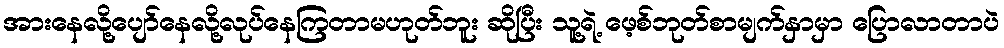
အားနေလို့ပျော်နေလို့လုပ်နေကြတာမဟုတ်ဘူး ဆိုပြီး သူ့ရဲ့ ဖေ့စ်ဘုတ်စာမျက်နှာမှာ ပြောလာတာပဲ